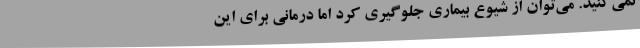
نمی‌کنید. می‌توان از شیوع بیماری جلوگیری کرد اما درمانی برای این